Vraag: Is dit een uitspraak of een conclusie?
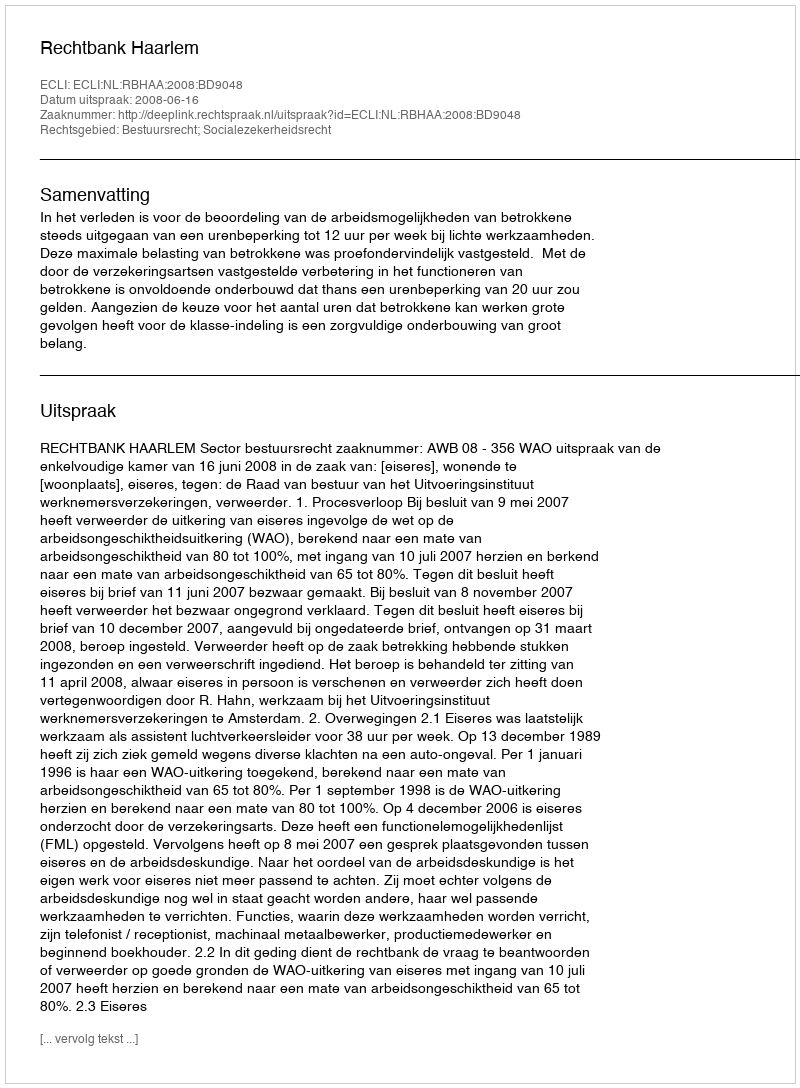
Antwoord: Uitspraak